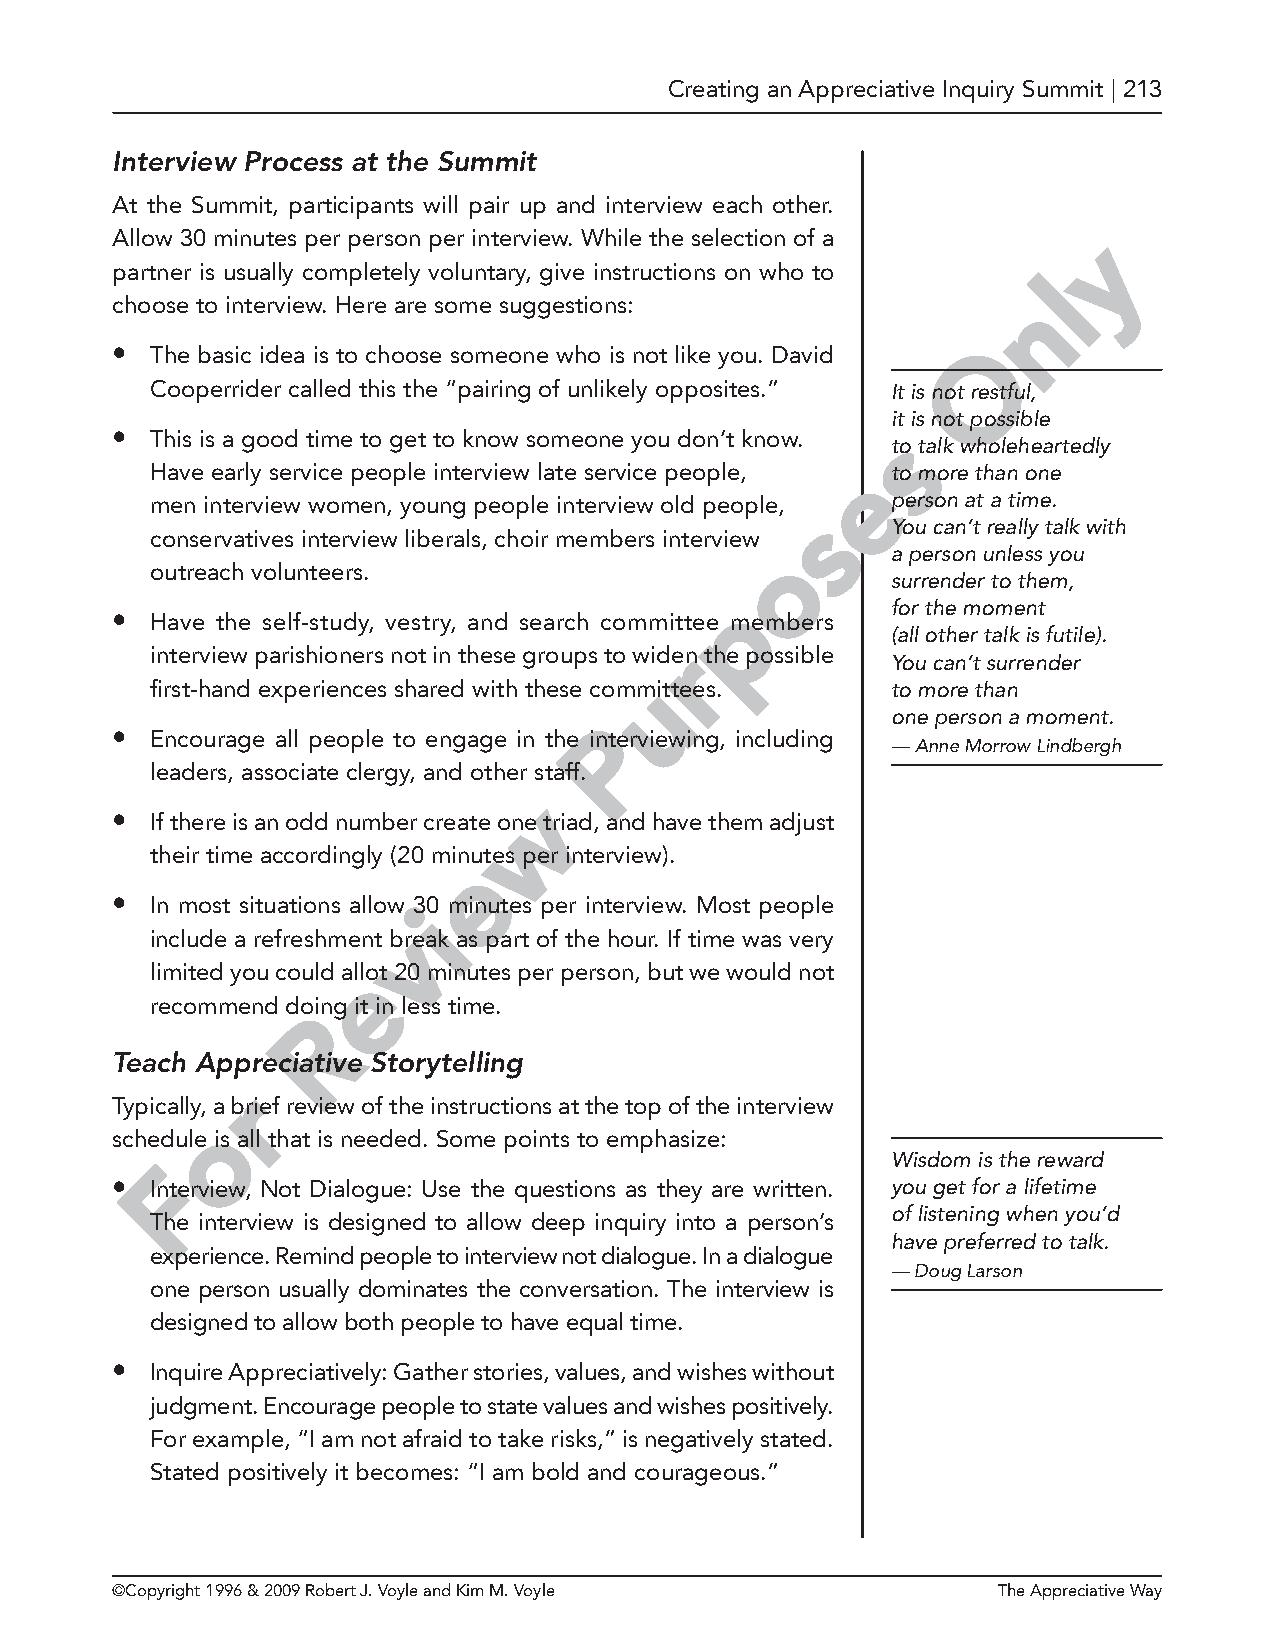
Creating an Appreciative Inquiry Summit | 213
 Interview Process at the Summit
 At the Summit, participants will pair up and interview each other.
 Allow 30 minutes per person per interview. While the selection of a y
 partner is usually completely voluntary, give instructions on who to
 l
 choose to interview. Here are some suggestions:              n
 •  The basic idea is to choose someone who is not like you. David O
 Cooperrider called this the “pairing of unlikely opposites.” It is not restful,
 it is not possible
 •  This is a good time to get to know someone you don’t know. s
 to talk wholeheartedly
 Have early service people interview late service people, eto more than one
 men interview women, young people interview old people, person at a time.
 s
 You can’t really talk with
 conservatives interview liberals, choir members interview
 o       a person unless you
 outreach volunteers.
 surrender to them,
 p
 for the moment
 •  Have the self-study, vestry, and search committee members
 (all other talk is futile).
 interview parishioners not in these groups to widern the possible
 You can’t surrender
 u
 first-hand experiences shared with these committees. to more than
 one person a moment.
 P
 •  Encourage all people to engage in the interviewing, including
 — Anne Morrow Lindbergh
 leaders, associate clergy, and other st aff.
 w
 •  If there is an odd number create one triad, and have them adjust
 their time accordingly (20 minutes per interview).
 e
 •  In most situations allow 3i0 minutes per interview. Most people
 v
 include a refreshment break as part of the hour. If time was very
 limited you could alelot 20 minutes per person, but we would not
 recommend doing it in less time.
 R
 Teach Appr eciative Storytelling
 r
 Typically, a brief review of the instructions at the top of the interview
 o
 schedule is all that is needed. Some points to emphasize:
 Wisdom is the reward
 F
 •  Interview, Not Dialogue: Use the questions as they are written. you get for a lifetime
 of listening when you’d
 The interview is designed to allow deep inquiry into a person’s
 have preferred to talk.
 experience. Remind people to interview not dialogue. In a dialogue
 — Doug Larson
 one person usually dominates the conversation. The interview is
 designed to allow both people to have equal time.
 •  Inquire Appreciatively: Gather stories, values, and wishes without
 judgment. Encourage people to state values and wishes positively.
 For example, “I am not afraid to take risks,” is negatively stated.
 Stated positively it becomes: “I am bold and courageous.”
 ©Copyright 1996 & 2009 Robert J. Voyle and Kim M. Voyle    The Appreciative Way